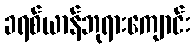
ခရစ်ယာန်ဘုရားကျောင်း